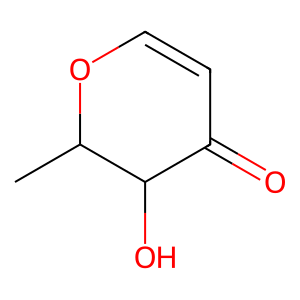
SMILES: CC1OC=CC(=O)C1O
Inhibits HIV replication: No